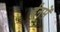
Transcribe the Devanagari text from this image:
ईनमें